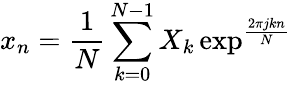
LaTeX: x_{n}=\frac{1}{N}\sum_{k=0}^{N-1}X_{k}\exp^{\frac{2\pi jkn}{N}}